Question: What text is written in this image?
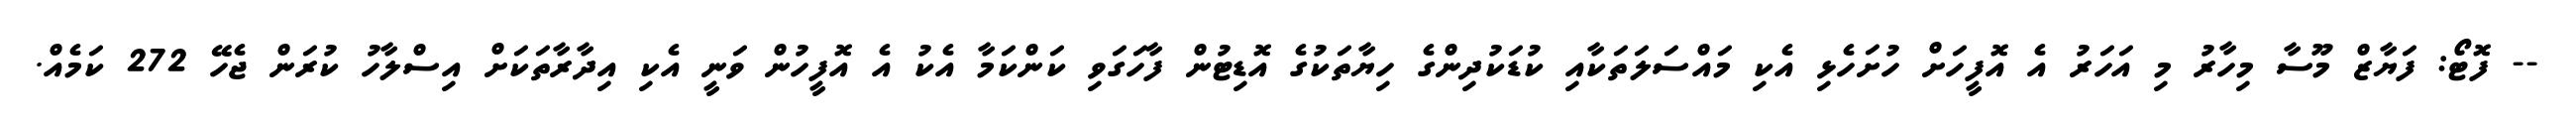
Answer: -- ފޮޓޯ: ފަޔާޒް މޫސާ މިހާރު މި އަހަރު އެ އޮފީހަށް ހުށަހެޅި އެކި މައްސަލަތަކާއި ކުޑަކުދިންގެ ހިޔާތަކުގެ އޮޑިޓުން ފާހަގަވި ކަންކަމާ އެކު އެ އޮފީހުން ވަނީ އެކި އިދާރާތަކަށް އިސްލާހު ކުރަން ޖެހޭ 272 ކަމެއް.